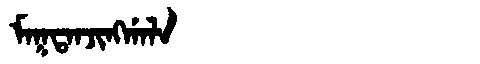
Manchu: ᠮᠠᡴᡨᠠᠨᠵᡳᠩᡤᠠᠯᠠ
Romanization: MAKTANJINGGALA